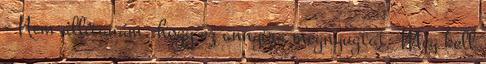
- Nem állítanám, hogy ez annyira megnyugtat. Meg kell